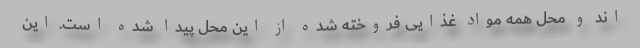
اند و محل همه مواد غذایی فروخته شده از این محل پیدا شده است. این